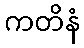
ကတိနံ